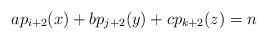
LaTeX: \begin{align*} ap_{i+2}(x)+bp_{j+2}(y)+cp_{k+2}(z)=n\end{align*}